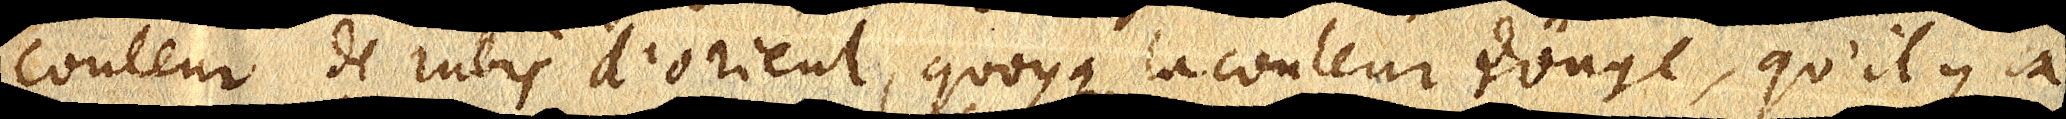
couleur de rubis d’orient, quoyque la couleur rouge, qu’il y a